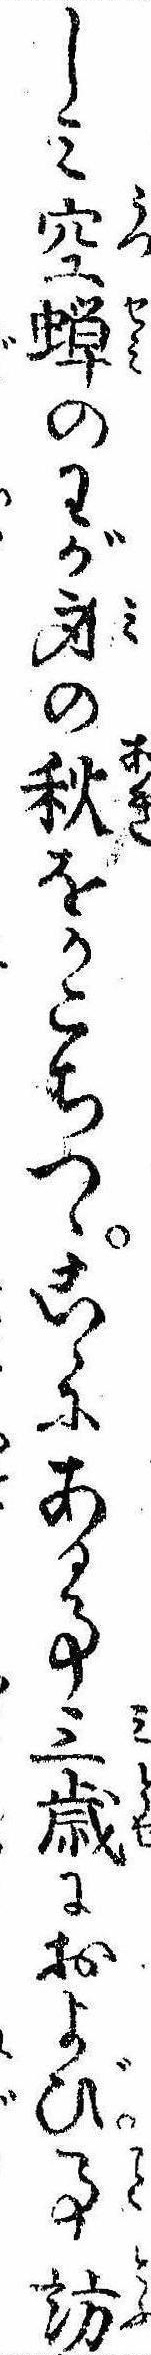
しみ空蝉のわが身の秋をかこちつゝこゝにある事三歳におよび事訪